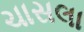
ચાસલા